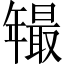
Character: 𱝂